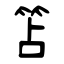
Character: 笘